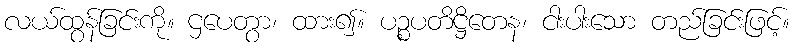
လယ်ထွန်ခြင်းကို။ ဌပေတွာ၊ ထား၍။ ပဉ္စပတိဋ္ဌိတေန၊ ငါးပါးသော တည်ခြင်းဖြင့်။